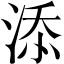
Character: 添